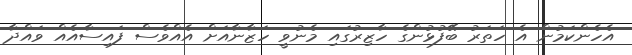
އެހެންކަމުން އެ ހަތަރު ބޭފުޅުންގެ ހާޒިރުގައި މެނުވީ ހަޒާނާއަށް އެއްވެސް ފައިސާއެއް ވައްދާ